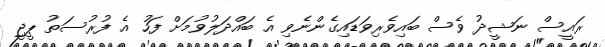
ރައީސް ނަޝީދު ވެސް ބައިވެރިވަޑައިގެންނެވިި އެ ބައްދަލުވުމަށް ފަހު އެ ފުރުސަތު ޕީޖީ